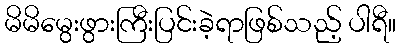
မိမိမွေးဖွားကြီးပြင်းခဲ့ရာဖြစ်သည့် ပါရီ။